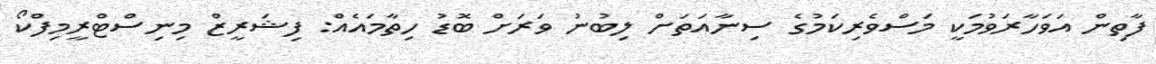
ފާތިން އަވަހާރަވުމަކީ މަސްވެރިކަމުގެ ސިނާއަތަށް ލިބުނު ވަރަށް ބޮޑު ހިތާމައެއް: ފިޝަރީޒް މިނިސްޓްރީމިފްކޯ